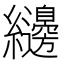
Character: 𮉝